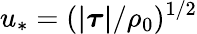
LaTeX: u_{*}=(\boldsymbol{|\tau|}/\rho_{0})^{1/2}